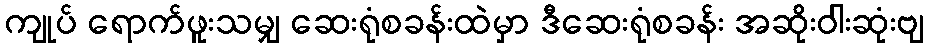
ကျုပ် ရောက်ဖူးသမျှ ဆေးရုံစခန်းထဲမှာ ဒီဆေးရုံစခန်း အဆိုးဝါးဆုံးဗျ